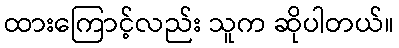
ထားကြောင့်လည်း သူက ဆိုပါတယ်။